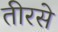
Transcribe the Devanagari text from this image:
तीरसे